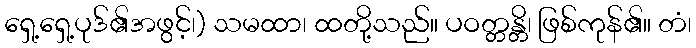
ရှေ့ရှေ့ပုဒ်၏အဖွင့်၊) သမထာ၊ ထတို့သည်။ ပဝတ္တန္တိ၊ ဖြစ်ကုန်၏။ တံ၊